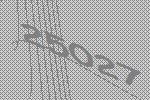
25027